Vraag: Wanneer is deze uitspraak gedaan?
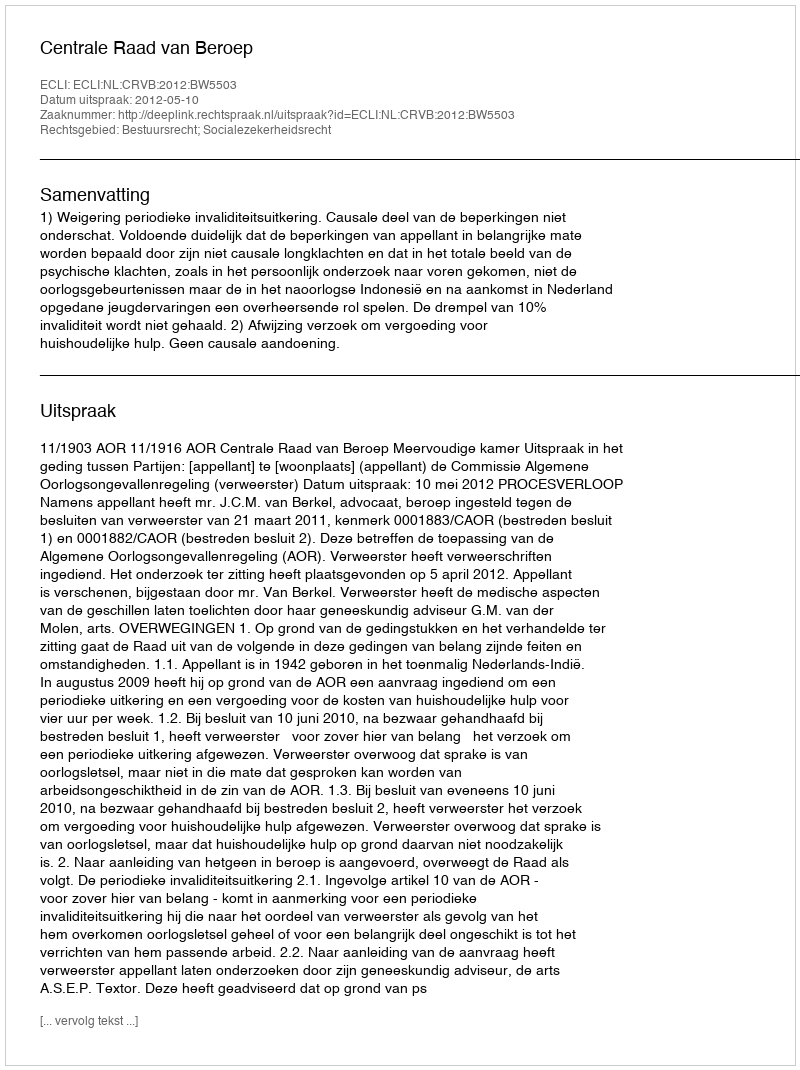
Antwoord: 2012-05-10